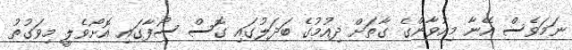
ނަމަވެސް އޭނާ މިއުވާންގެ ގާތަށް ދިއުމުގެ ބަދަލުގައި ގޮސް ސޯފާގައި އޮށޯވެލީ މިވަގުތު